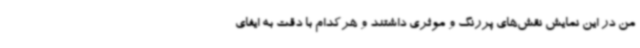
من در این نمایش نقش‌های پررنگ و موثری داشتند و هرکدام با دقت به ایفای